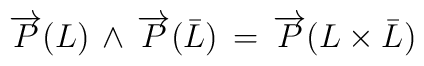
\overrightarrow{P}(L)\,\wedge\,\overrightarrow{P}( \bar L)\,=\,\overrightarrow{P}(L\times \bar L)